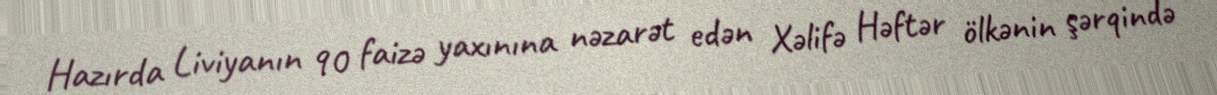
Hazırda Liviyanın 90 faizə yaxınına nəzarət edən Xəlifə Həftər ölkənin şərqində